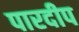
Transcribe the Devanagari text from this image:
पारदीप